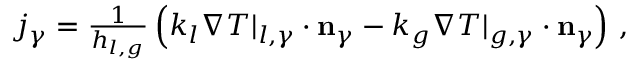
\begin{array} { r } { j _ { \gamma } = \frac { 1 } { h _ { l , g } } \left( k _ { l } \nabla T | _ { l , \gamma } \cdot \mathbf { n } _ { \gamma } - k _ { g } \nabla T | _ { g , \gamma } \cdot \mathbf { n } _ { \gamma } \right) \, , } \end{array}